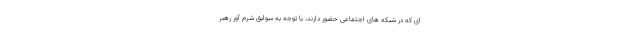
ای که در شبکه های اجتماعی حضور دارند، با توجه به سوابق شرم آور رهبر